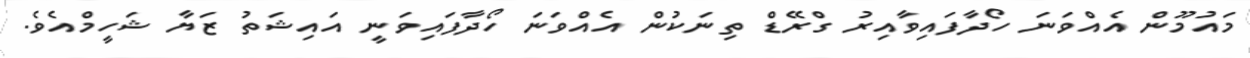
މައުމޫން އެއްވަނަ ހޯދާފައިވާއިރު ގްރޭޑް ތިނަކުން އެއްވަނަ ހޯދާފައިވަނީ އައިޝަތު ޒަޔާ ޝަހީމްއެވެ.